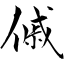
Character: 傶